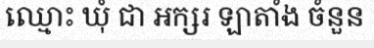
ឈ្មោះ ឃុំ ជា អក្សរ ឡាតាំង ចំនួន